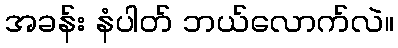
အခန်း နံပါတ် ဘယ်လောက်လဲ။